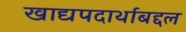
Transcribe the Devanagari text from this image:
खाद्यपदार्थाबद्दल